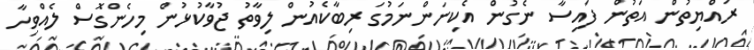
ރައްޔިތުން އަތުން ފައިސާ ނެގުން އެކިނަންނަމުގަ ރިބާކެއުން ލިވާތު ޖުވާކުޅުން މިހެންގޮސް ލެއްވިހާ